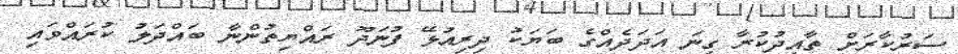
ސަރުކާރަށް ތާއީދުކުރާ ގިނަ އަދަދެއްގެ ބަޔަކު ދިރިއުޅޭ ފުނަދޫ ރައްޔިތުންނާ ބައްދަލު ކުރައްވައި